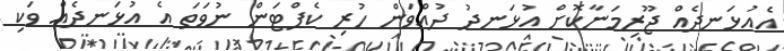
އެއުޅަނދެއް ޖޫރިމަނާކޮށް އުޅަނދު ދުއްވަން ހުރި ކެޕްޓަން ނުވަތަ އެ އުޅަނދެއް ވަކި